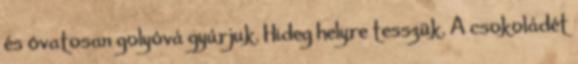
és óvatosan golyóvá gyúrjuk. Hideg helyre tesszük. A csokoládét